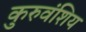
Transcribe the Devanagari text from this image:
कुरुवंशिय